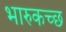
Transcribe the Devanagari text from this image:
भारुकच्छ